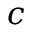
c